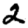
Digit: 2